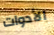
الأدوات